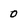
Character: 0